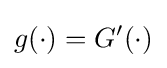
g(\cdot )=G'(\cdot )